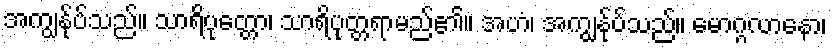
အကျွန်ုပ်သည်။ သာရိပုတ္တော၊ သာရိပုတ္တရာမည်၏။ အဟံ၊ အကျွန်ုပ်သည်။ မောဂ္ဂလာနော၊